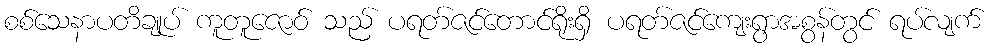
စစ်သေနာပတိချုပ် ကူတူဇောဝ် သည် ပရတ်ဇင်တောင်ရိုးရှိ ပရတ်ဇင်ကျေးရွာအစွန်တွင် ရပ်လျက်